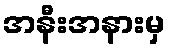
အနီးအနားမှ